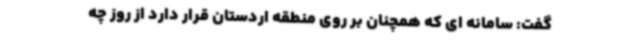
گفت: سامانه ای که همچنان بر روی منطقه اردستان قرار دارد از روز چه